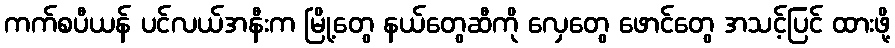
ကက်စပီယန် ပင်လယ်အနီးက မြို့တွေ နယ်တွေဆီကို လှေတွေ ဖောင်တွေ အသင့်ပြင် ထားဖို့